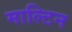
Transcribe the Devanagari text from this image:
माल्टिन